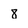
Character: 8